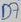
Text: D7